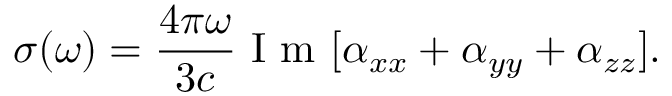
\sigma ( \omega ) = \frac { 4 \pi \omega } { 3 c } \mathrm { ~ I ~ m ~ } [ \alpha _ { x x } + \alpha _ { y y } + \alpha _ { z z } ] .